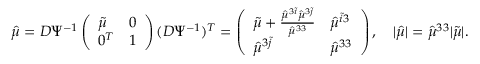
\hat { \mu } = D \Psi ^ { - 1 } \left( \begin{array} { l l } { \tilde { \mu } } & { 0 } \\ { 0 ^ { T } } & { 1 } \end{array} \right) ( D \Psi ^ { - 1 } ) ^ { T } = \left( \begin{array} { l l } { \tilde { \mu } + \frac { \hat { \mu } ^ { 3 \tilde { i } } \hat { \mu } ^ { 3 \tilde { j } } } { \hat { \mu } ^ { 3 3 } } } & { \hat { \mu } ^ { \tilde { i } 3 } } \\ { \hat { \mu } ^ { 3 \tilde { j } } } & { \hat { \mu } ^ { 3 3 } } \end{array} \right) , \quad \lvert \hat { \mu } \rvert = \hat { \mu } ^ { 3 3 } \lvert \tilde { \mu } \rvert .